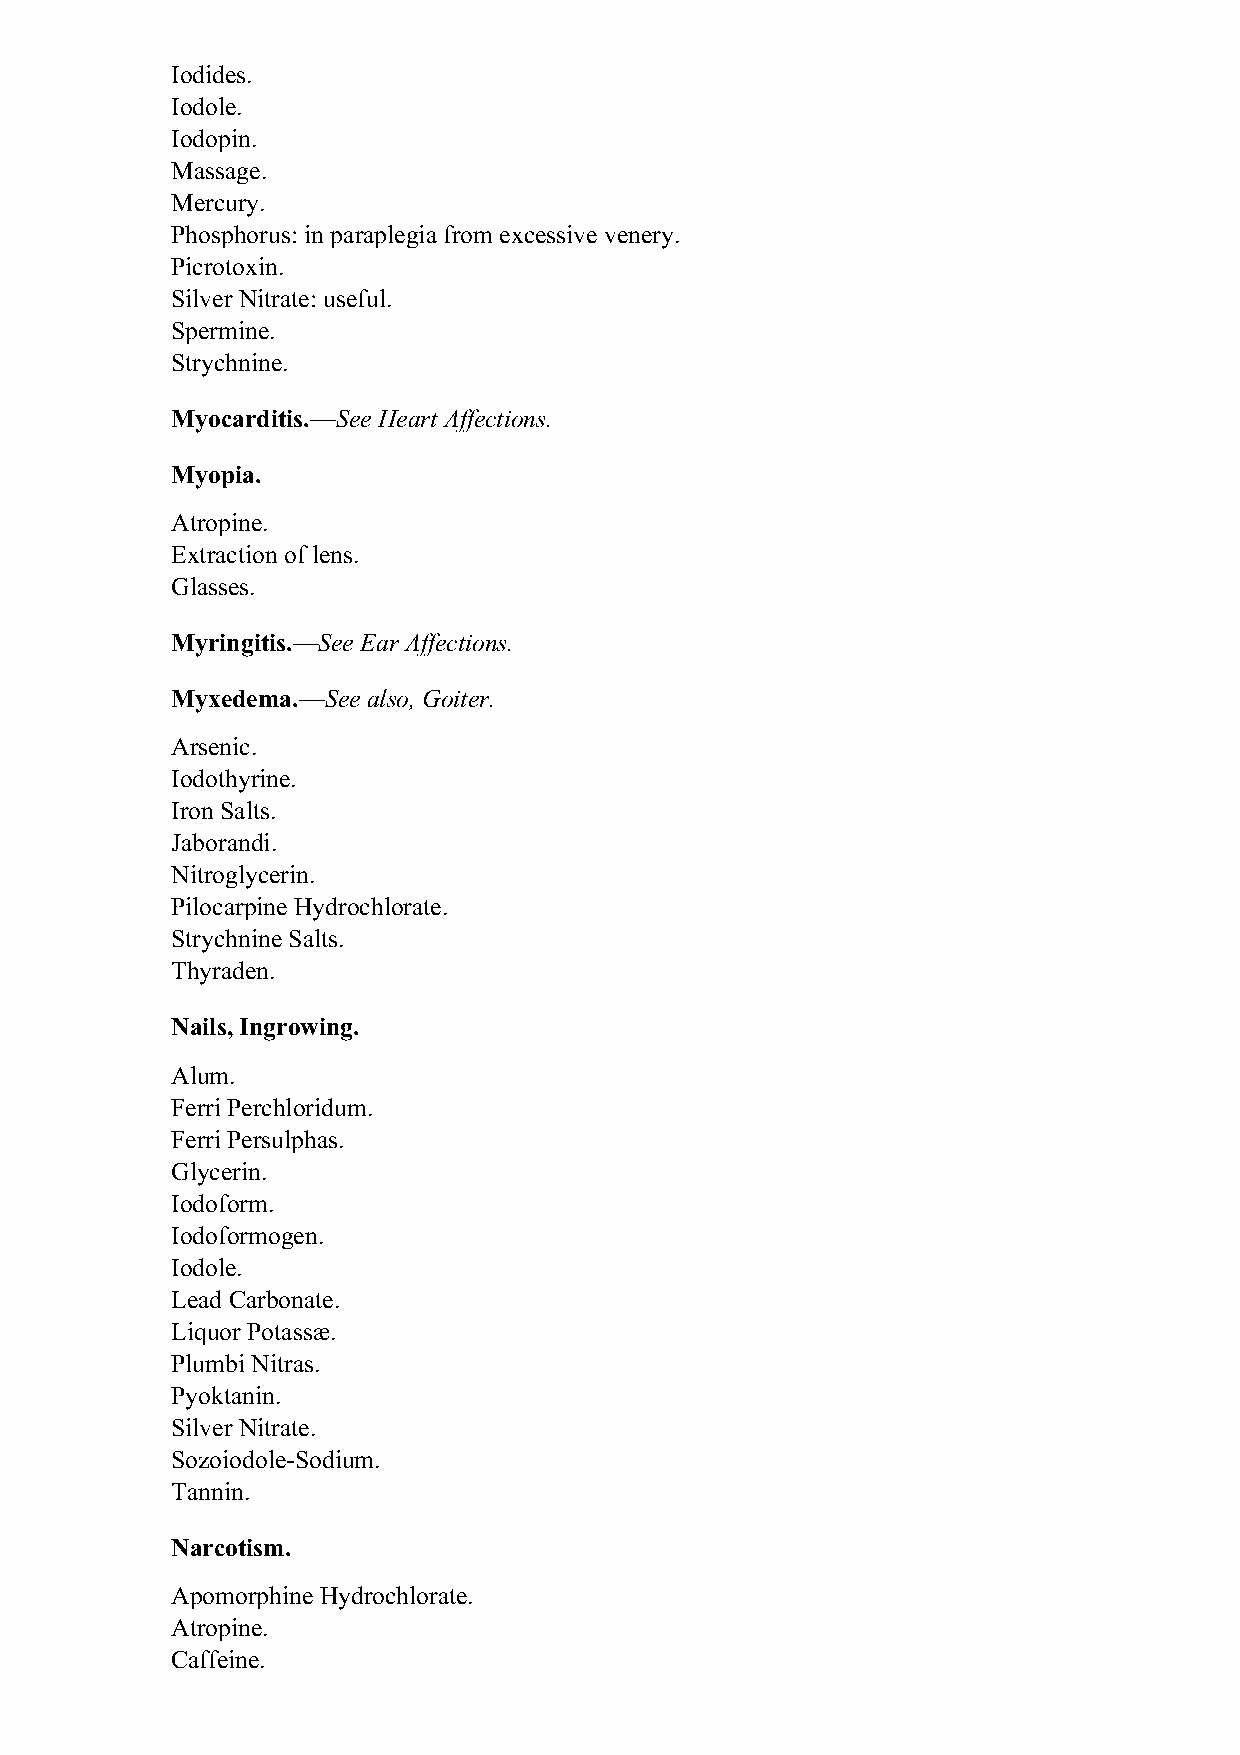
Iodides.
 Iodole.
 Iodopin.
 Massage.
 Mercury.
 Phosphorus: in paraplegia from excessive venery.
 Picrotoxin.
 Silver Nitrate: useful.
 Spermine.
 Strychnine.
 Myocarditis.—See Heart Affections.
 Myopia.
 Atropine.
 Extraction of lens.
 Glasses.
 Myringitis.—See Ear Affections.
 Myxedema.—See also, Goiter.
 Arsenic.
 Iodothyrine.
 Iron Salts.
 Jaborandi.
 Nitroglycerin.
 Pilocarpine Hydrochlorate.
 Strychnine Salts.
 Thyraden.
 Nails, Ingrowing.
 Alum.
 Ferri Perchloridum.
 Ferri Persulphas.
 Glycerin.
 Iodoform.
 Iodoformogen.
 Iodole.
 Lead Carbonate.
 Liquor Potassæ.
 Plumbi Nitras.
 Pyoktanin.
 Silver Nitrate.
 Sozoiodole-Sodium.
 Tannin.
 Narcotism.
 Apomorphine Hydrochlorate.
 Atropine.
 Caffeine.